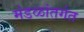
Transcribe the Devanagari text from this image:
मंडळांतर्गत